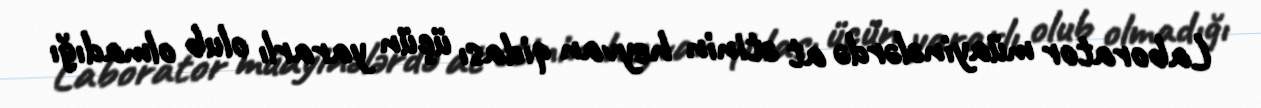
Laborator müayinələrdə at ətinin heyvan qidası üçün yararlı olub olmadığı